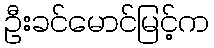
ဦးခင်မောင်မြင့်က